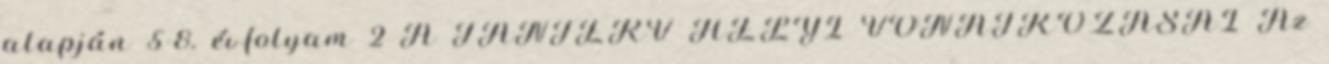
alapján 5-8. évfolyam 2 A TANTERV HELYI VONATKOZÁSAI Az